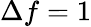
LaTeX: \Delta f=1